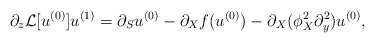
\begin{align*}\partial_z\mathcal{L}[u^{(0)}]u^{(1)}=\partial_Su^{(0)}-\partial_Xf(u^{(0)})-\partial_X(\phi_X^2\partial_y^2)u^{(0)},\end{align*}